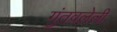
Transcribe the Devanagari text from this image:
गुंतवलेली